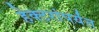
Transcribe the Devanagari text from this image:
हेक्टरांपर्यंत